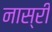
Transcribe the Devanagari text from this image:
नास्री